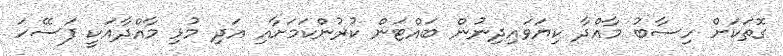
ގޮތަކަށް ހިސާބު މާއްދާ ކިޔަވައިދިނުން ބައްޓަން ކުރުންކަމަށާއި އަދި މުޅި މާއްދާއަކީ ފަސޭހަ